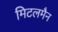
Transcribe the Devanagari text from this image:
मिटलमैन